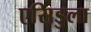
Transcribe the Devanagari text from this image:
एसिडुला